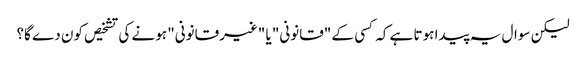
لیکن سوال یہ پیدا ہوتا ہے کہ کسی کے "قانونی" یا "غیرقانونی" ہونے کی تشخیص کون دے گا؟